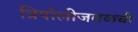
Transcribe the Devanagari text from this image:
त्रिपोलीजवळची